Report on sanitation, dispensaries, and jails in Rajputana for 1919, and on vaccination for the year 1919-1920 - 1919-1920
Year: 1919
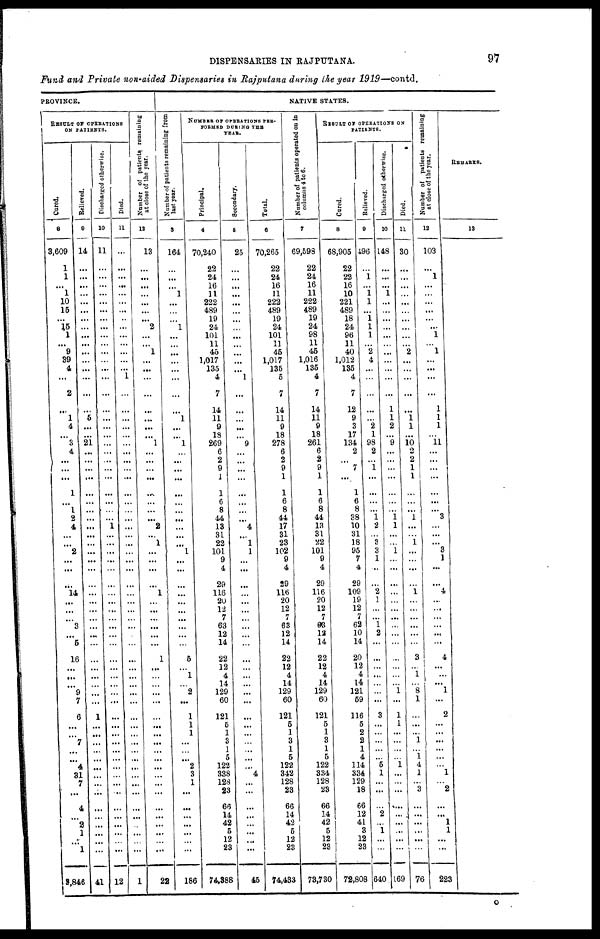
DISPENSARIES IN RAJPUTANA.
97
Fund and Private non-aided Dispensaries in Rajputana during the year 1919—contd.
PROVINCE.
RESULT OF OPERATIONS
ON PATIENTS.
Cured.
8
3,609
1
1
...
1
10
15
...
15
1
... 9
39
4
...
2
...
1
4
...
3
4
...
...
...
1
...
1
2
4
...
...
2
...
...
...
14
...
...
...
3
...
5
16
...
...
...
9
7
6
...
...
7
...
... 4
31
7
...
4
...
2
1
...
1
8,846
Relieved.
9
14
...
...
...
...
...
...
...
...
...
...
...
...
...
...
...
...
5
...
...
21
...
...
...
...
...
...
...
...
...
...
...
...
...
...
...
...
...
...
...
...
...
...
...
...
...
...
...
...
1
...
...
...
...
...
...
...
...
...
...
...
...
...
...
...
41
Discharged otherwise.
10
11
...
...
...
...
...
...
...
...
...
...
...
...
...
...
...
...
...
...
...
...
...
...
...
...
...
...
...
...
1
...
...
...
...
...
...
...
...
...
...
...
...
...
...
...
...
...
...
...
...
...
...
...
...
...
...
...
...
...
...
...
...
...
...
...
12
Died.
11
...
...
...
...
...
...
...
...
...
...
...
...
...
...
1
...
...
...
...
...
...
...
...
...
...
...
...
...
...
...
...
...
...
...
...
...
...
...
...
...
...
...
...
...
...
...
...
...
...
...
...
...
...
...
...
...
...
...
...
...
...
...
...
...
...
1
Number of patients, remaining
at close of the year.
12
13
...
...
...
...
...
...
...
2
...
... 1
...
...
...
...
...
...
...
...
1
...
...
...
...
...
...
...
...
2
... 1
...
...
...
...
1
...
...
...
...
...
...
1
...
...
...
...
...
...
...
...
...
...
...
...
...
...
...
...
...
...
...
...
...
22
NATIVE STATES.
N umber of patients remaining from
last year.
3
164
...
...
...
1
...
...
...
1
...
...
...
...
...
...
...
...
1
...
...
1
...
...
...
...
...
...
...
...
...
...
...
1
...
...
...
...
...
...
...
...
...
...
5
...
1
...
2
...
1
1
1
...
...
... 2
3
1
...
...
...
...
...
...
...
186
NUMBER OF OPERATIONS PER¬
FORMED DURING THE
YEAR.
Principal.
4
70,240
22
24
16
11
222
489
19
24
101
11
45
1,017
135
4
7
14
11
9
18
269
6
2
9
1
1
6
8
44
13
31
22
101
9
4
29
116
20
12
7
63
12
14
22
12
4
14
129
60
121
5
1
3
1
5
122
338
128
23
66
14
42
5
12
23
74,388
Secondary.
5
25
...
...
...
...
...
...
...
...
...
...
...
...
...
1
...
...
...
...
...
9
...
...
...
...
...
...
...
...
4
...
1
1
...
...
...
...
...
...
...
...
...
...
...
...
...
...
...
...
...
...
...
...
...
...
...
4
...
...
...
...
...
...
...
...
45
Total.
6
70,265
22
24
16
11
222
489
19
24
101
11
45
1,017
135
5
7
14
11
9
18
278
6
2
9
1
1
6
8
44
17
31
23
102
9
4
29
116
20
12
7
63
12
14
22
12
4
14
129
60
121
5
1
3
1
5
122
342
128
23
66
14
42
5
12
23
74,433
Number of patients operated on in
columns 4 to 6.
7
69,598
22
24
16
11
222
489
19
24
98
11
45
1,016
135
4
7
14
11
9
18
261
6
2
9
1
1
6
8
44
13
31
22
101
9
4
29
116
20
12
7
63
12
14
22
12
4
14
129
60
121
5
1
3
1
5
122
334
128
23
66
14
42
5
12
23
73,730
RESULT OF OPERATIONS ON
PATIENTS.
Cured.
8
68,905
22
22
16
10
221
489
18
24
96
11
40
1,012
135
4
7
12
9
3
17
134
2
...
7
...
1
6
8
38
10
31
18
95
7
4
29
109
19
12
7
62
10
14
20
12
4
14
121
59
116
5
2
2
1
4
114
334
129
18
66
12
41
3
12
23
72,808
Relieved.
9
496
...
1
...
1
1
...
1 1
1
...
2
4
...
...
...
...
...
2
1
98
2
...
1
...
...
...
...
1
2
...
3
3
1
...
...
2
1
...
...
1
2
...
...
...
...
...
...
...
3
...
...
...
...
...
5
1
...
...
...
2
...
1
...
...
640
Discharged otherwise.
10
148
...
...
...
1
...
...
...
...
...
...
...
...
...
...
...
1
1
2
...
9
...
...
...
...
...
...
...
1
1
...
...
1
...
...
...
...
...
...
...
...
...
...
...
...
...
...
1
...
1
1
...
...
...
...
1
...
...
...
...
...
...
...
...
...
169
Died.
11
30
...
...
...
...
...
...
...
...
...
... 2
...
...
...
...
...
1
1
...
10 2
2
1
1
...
...
...
1
...
...
1
...
...
...
...
1
...
...
...
...
...
...
3
...
1
...
8
1
...
...
...
1
...
1
4
1
...
3
...
...
...
...
...
...
76
Number of patients remaining
at close of the year.
12
103
...
1
...
...
...
...
...
...
1
... 1
...
...
...
...
1
1
1
...
11
...
...
...
...
...
...
...
3
...
...
...
3
1
...
...
4
...
...
...
...
...
...
4
...
...
...
1
...
2
...
...
...
...
...
...
1
...
2
...
...
1
1
...
...
223
REMARKS.
13
O